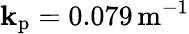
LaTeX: \mathbf{k}_{\mathrm{{p}}}=0.079\, \mathrm{{m}}^{-1}